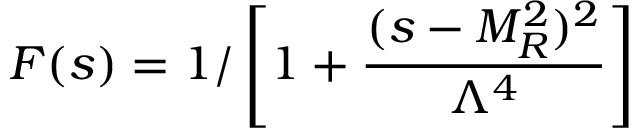
F ( s ) = 1 / \left[ 1 + \frac { ( s - M _ { R } ^ { 2 } ) ^ { 2 } } { \Lambda ^ { 4 } } \right]